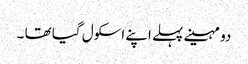
دو مہینے پہلے اپنے اسکول گیا تھا ۔